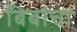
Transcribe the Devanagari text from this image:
बिबांचा